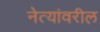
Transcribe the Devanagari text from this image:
नेत्यांवरील